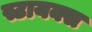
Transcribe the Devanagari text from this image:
स्टायक्स